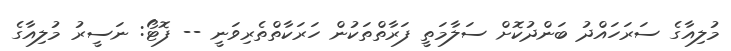
މުލިއާގެ ސަރަހައްދު ބަންދުކޮށް ސަލާމަތީ ފަރާތްތަކުން ހަރަކާތްތެރިވަނީ -- ފޮޓޯ: ނަސީރު މުލިއާގެ